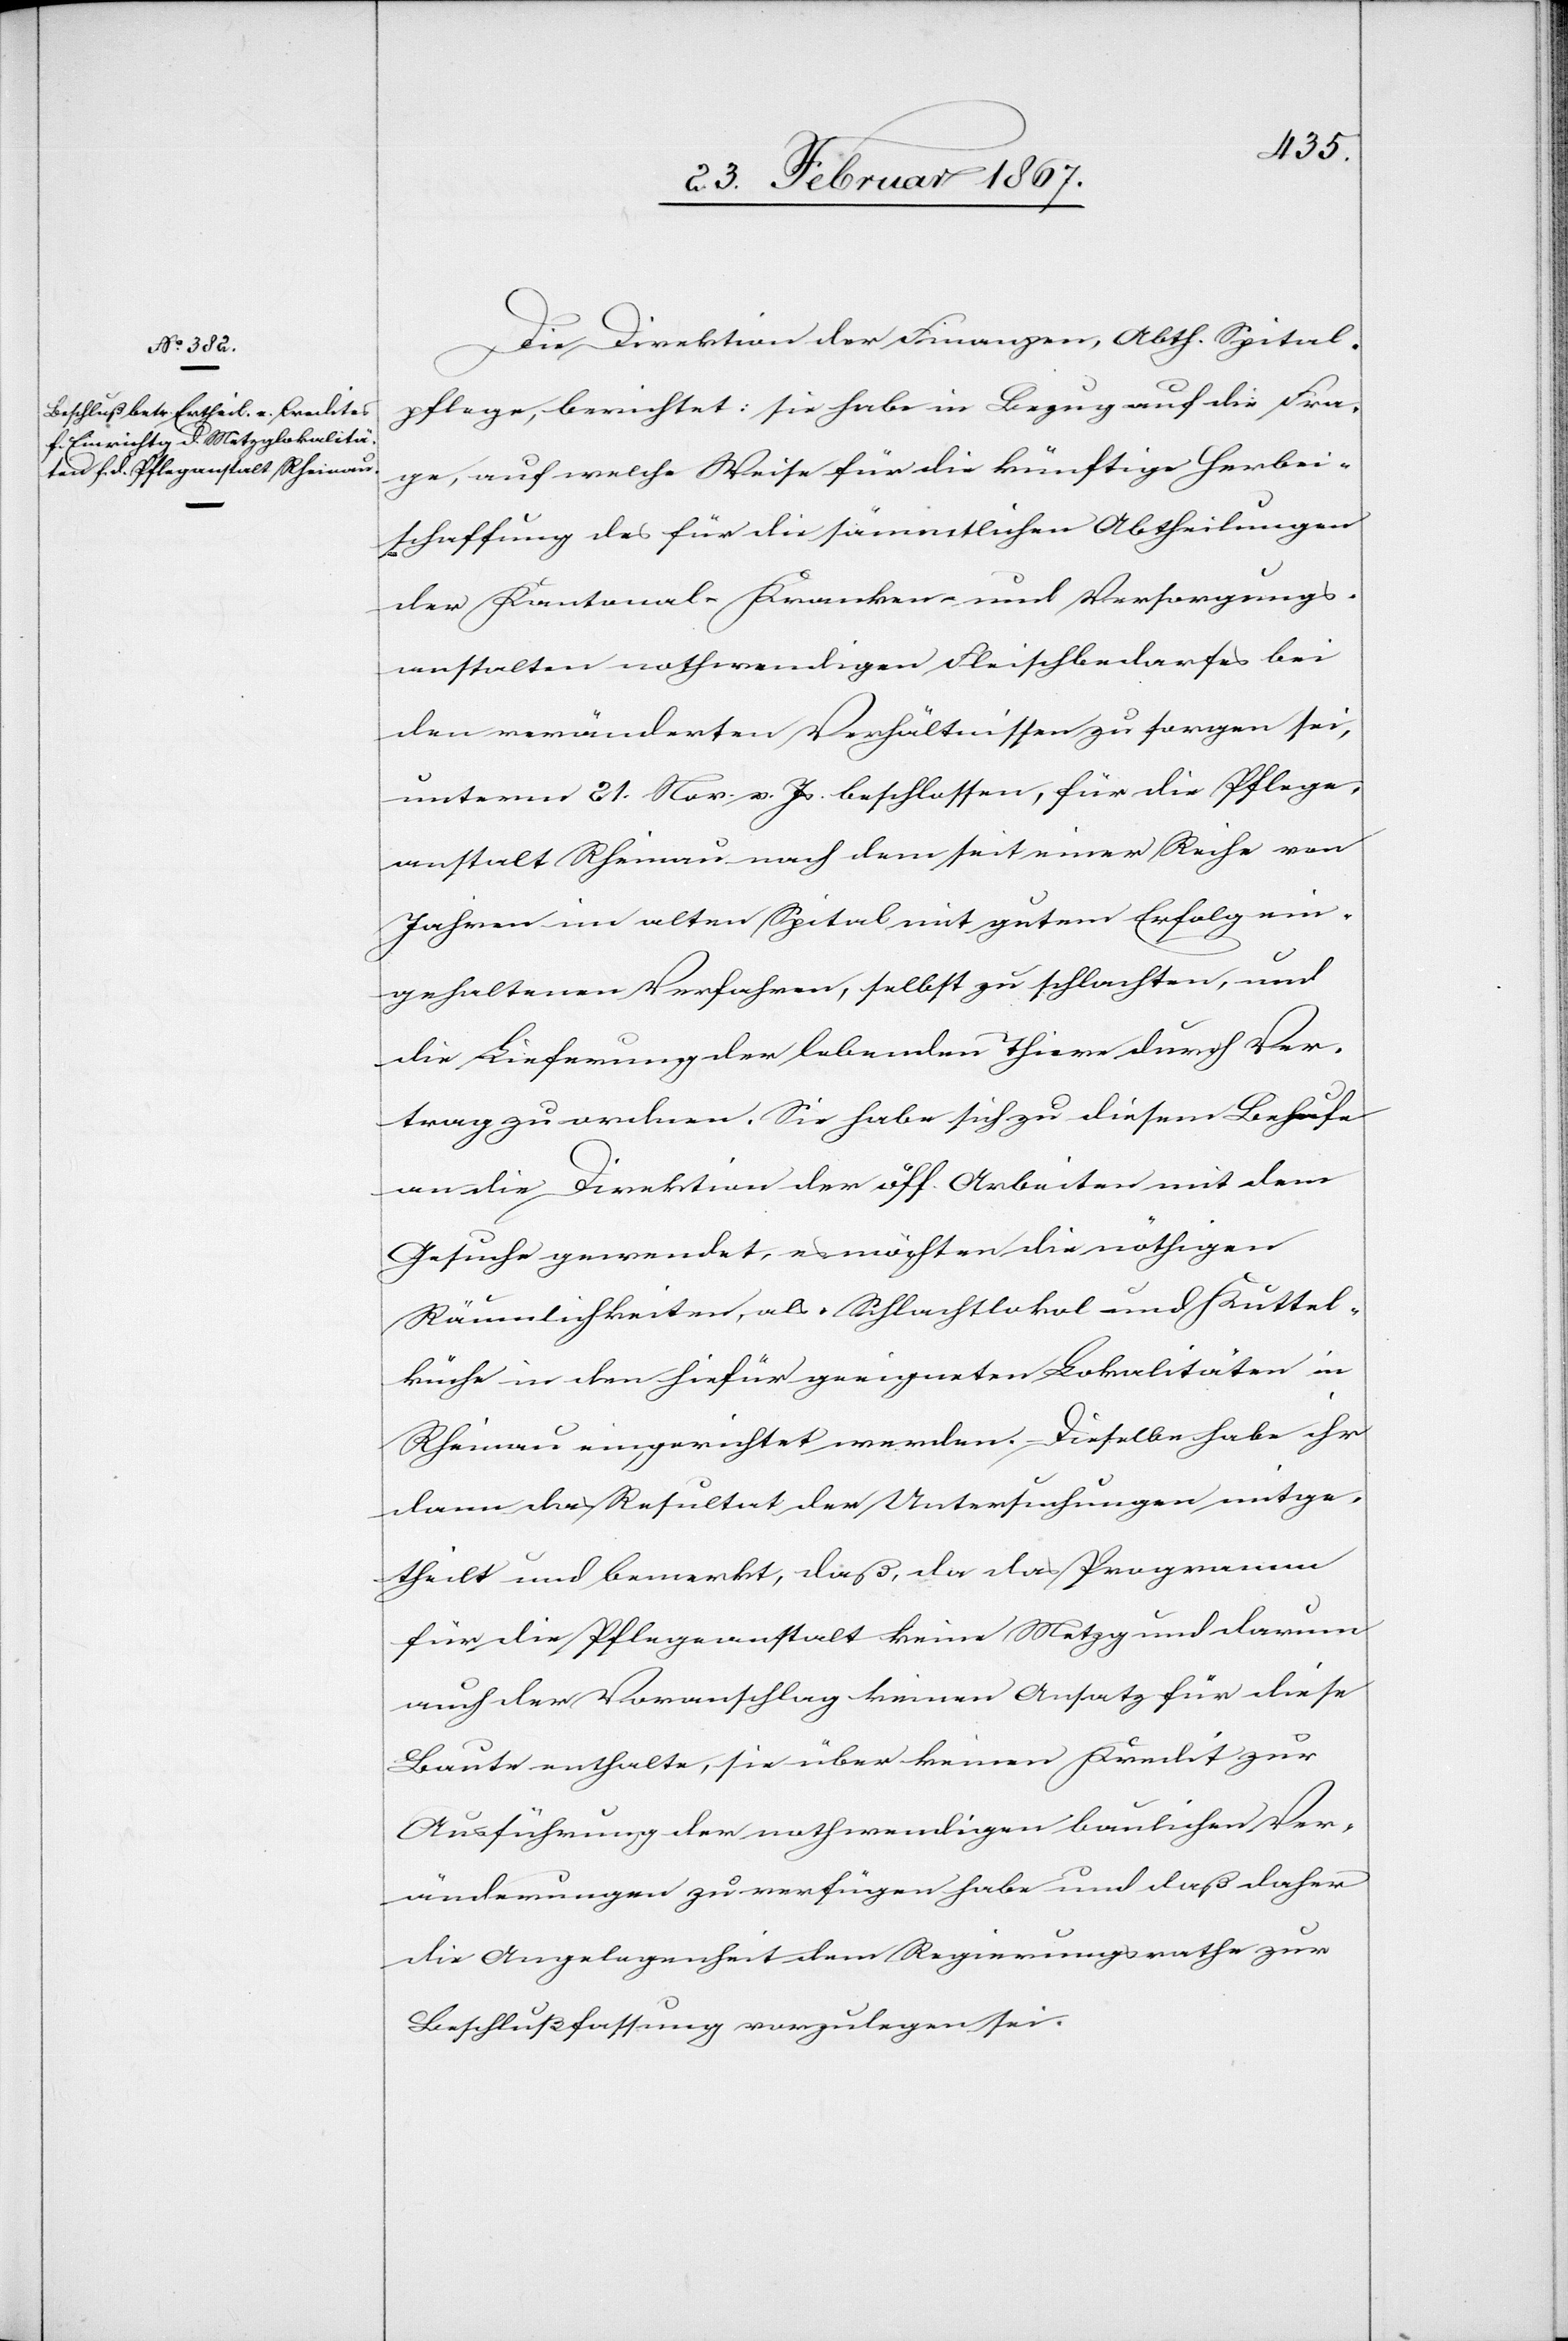
Fra¬

Die Direktion der Finanzen, Abth. Spital¬
ge, auf welche Weise für die künftige Herbei¬
schaffung des für die sämmtlichen Abtheilungen
der Kantonal-Kranken- und Versorgungs¬
anstalten nothwendigen Fleischbedarfes bei
den veränderten Verhältnissen zu sorgen sei,
unterm 21. Nov. v. Js. beschlossen, für die Pflege¬
anstalt Rheinau nach dem seit einer Reihe von
Jahren im alten Spital mit gutem Erfolg ein¬
gehaltenen Verfahren, selbst zu schlachten, und
die Lieferung der lebenden Thiere durch Ver¬
trag zu ordnen. Sie habe sich zu diesem Behufe
an die Direktion der öff. Arbeiten mit dem
Gesuche gewendet, es möchten die nöthigen
Räumlichkeiten, als Schlachtlokal und Kuttel¬
küche in den hiefür geeigneten Lokalitäten in
Rheinau eingerichtet werden. Dieselbe habe ihr
dann das Resultat der Untersuchungen mitge¬
theilt und bemerkt, daß, da das Programm
für die Pfleganstalt keine Metzg und darum
auch der Voranschlag keinen Ansatz für diese
Baute enthalte, sie über keinen Kredit zur
Ausführung der nothwendigen baulichen Ver¬
änderungen zu verfügen habe und daß daher
die Angelegenheit dem Regierungsrathe zur
Beschlußfassung vorzulegen sei.